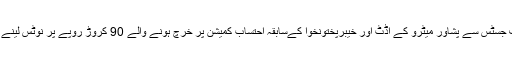
انہوں نے چیف جسٹس سے پشاور میٹرو کے آڈٹ اور خیبرپختونخوا کےسابقہ احتساب کمیشن پر خرچ ہونے والے 90 کروڑ روپے پر نوٹس لینے کا مطالبہ کیا۔